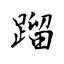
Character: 蹓